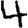
Digit: 4